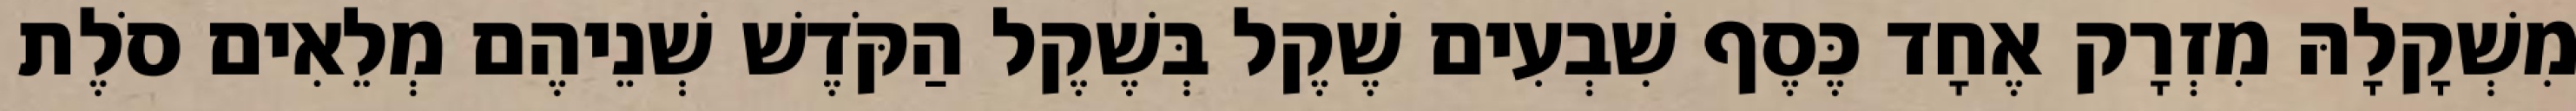
מִשְׁקָלָהּ מִזְרָק אֶחָד כֶּסֶף שִׁבְעִים שֶׁקֶל בְּשֶׁקֶל הַקֹּדֶשׁ שְׁנֵיהֶם מְלֵאִים סֹלֶת